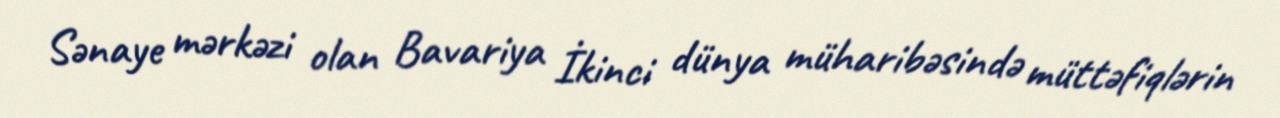
Sənaye mərkəzi olan Bavariya İkinci dünya müharibəsində müttəfiqlərin